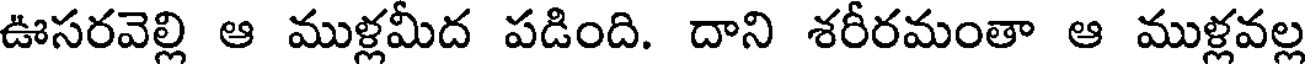
ఊసరవెల్లి ఆ ముళ్లమీద పడింది. దాని శరీరమంతా ఆ ముళ్లవల్ల